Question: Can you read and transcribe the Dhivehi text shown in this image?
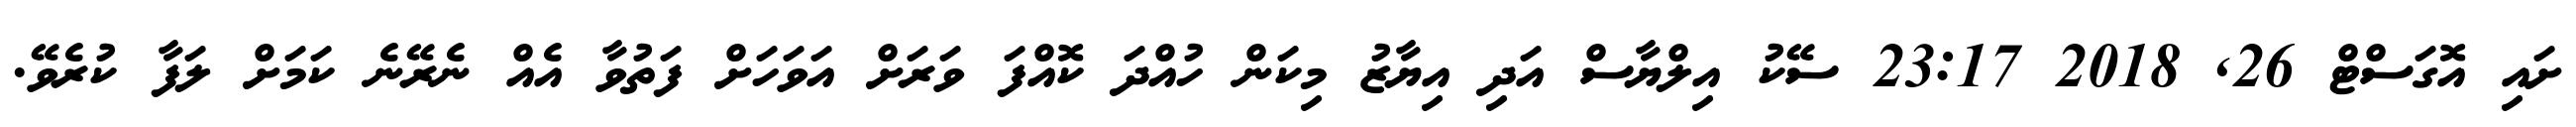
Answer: ށައި އޮގަސްޓް 26, 2018 23:17 ސޭކު އިލްޔާސް އަދި އިޔާޒު މިކަން ހުއްދަ ކޮއްފަ ވަރަށް އަވަހަށް ފަތުވާ އެއް ނެރޭނެ ކަމަށް ލަފާ ކުރެވޭ.